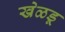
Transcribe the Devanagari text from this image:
खेळडू